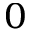
_ 0